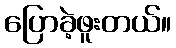
ပြောခဲ့ဖူးတယ်။